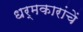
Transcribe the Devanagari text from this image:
धर्मकारांचें